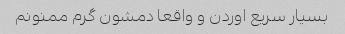
بسیار سریع اوردن و واقعا دمشون گرم ممنونم